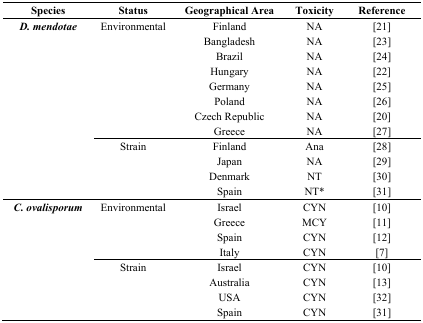
| Species | Status | Geographical Area | Toxicity | Reference |
 | --- | --- | --- | --- | --- |
 | D. mendotae | Environmental | Finland | NA | [21] |
 |  |  | Bangladesh | NA | [23] |
 |  |  | Brazil | NA | [24] |
 |  |  | Hungary | NA | [22] |
 |  |  | Germany | NA | [25] |
 |  |  | Poland | NA | [26] |
 |  |  | Czech Republic | NA | [20] |
 |  |  | Greece | NA | [27] |
 |  | Strain | Finland | Ana | [28] |
 |  |  | Japan | NA | [29] |
 |  |  | Denmark | NT | [30] |
 |  |  | Spain | NT* | [31] |
 | C. ovalisporum | Environmental | Israel | CYN | [10] |
 |  |  | Greece | MCY | [11] |
 |  |  | Spain | CYN | [12] |
 |  |  | Italy | CYN | [7] |
 |  | Strain | Israel | CYN | [10] |
 |  |  | Australia | CYN | [13] |
 |  |  | USA | CYN | [32] |
 |  |  | Spain | CYN | [31] |